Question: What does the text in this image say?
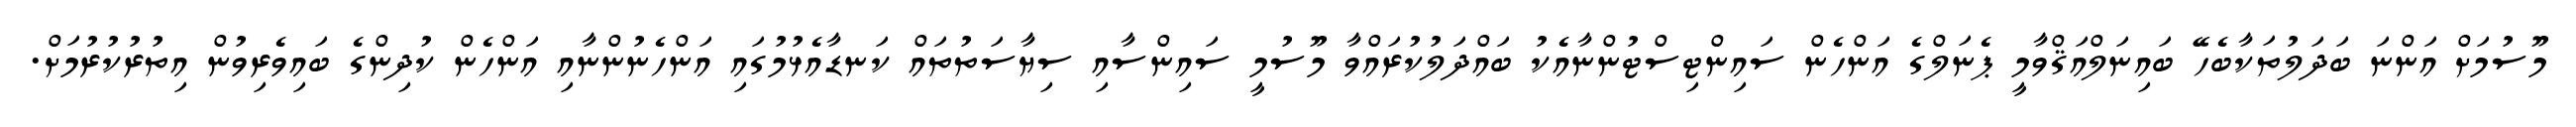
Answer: މޫސުމަށް އަންނަ ބަދަލުތަކާބެހޭ ބައިނަލްއަޤްވާމީ ޕެނަލްގެ އަންހެން ސައިންޓިސްޓުންނާއެކު ބައްދަލުކުރައްވާ މޫސުމީ ސައިންސާއި ސިޔާސަތުތައް ކަނޑާއެޅުމުގައި އަންހެނުންނާއި އަންހެން ކުދިންގެ ބައިވެރިވުން އިތުރުކުރުމަށް.